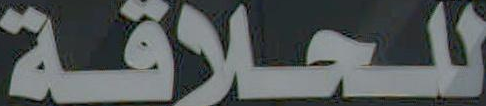
للحلاقة